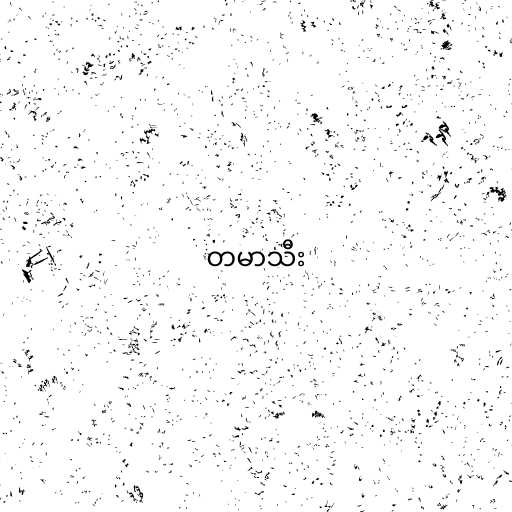
တမာသီး